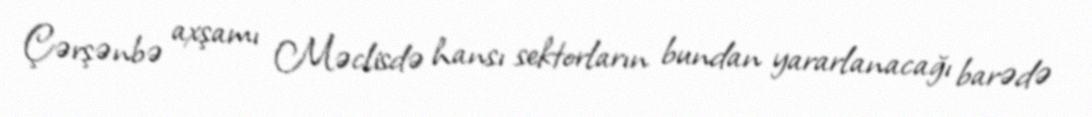
Çərşənbə axşamı Məclisdə hansı sektorların bundan yararlanacağı barədə